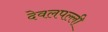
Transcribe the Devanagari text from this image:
देवलपल्ली